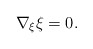
\begin{align*}\nabla_{\xi} \xi =0. \end{align*}